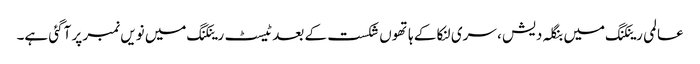
عالمی رینکنگ میں بنگلہ دیش ، سری لنکا کے ہاتھوں شکست کے بعد ٹیسٹ رینکنگ میں نویں نمبر پر آگئی ہے۔